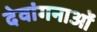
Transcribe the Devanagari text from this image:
देवांगनाओं